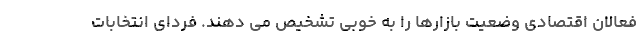
فعالان اقتصادی وضعیت بازارها را به خوبی تشخیص می دهند. فردای انتخابات